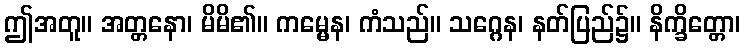
ဤအတူ။ အတ္တနော၊ မိမိ၏။ ကမ္မေန၊ ကံသည်။ သဂ္ဂေန၊ နတ်ပြည်၌။ နိက္ခိတ္တော၊